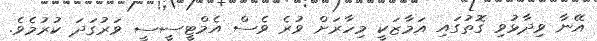
އޭނާ ވިދާޅުވި ގޮތުގައި އަމާޒަކީ މިހާރަށް ވުރެ ވެސް އެމްޓީސީސީ ވަރުގަދަ ކުރުމެވެ.